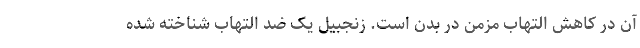
آن در کاهش التهاب مزمن در بدن است. زنجبیل یک ضد التهاب شناخته شده